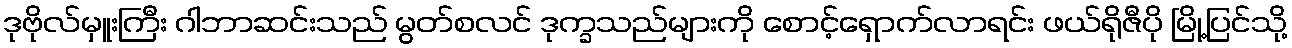
ဒုဗိုလ်မှူးကြီး ဂါဘာဆင်းသည် မွတ်စလင် ဒုက္ခသည်များကို စောင့်ရှောက်လာရင်း ဖယ်ရိုဇီပို မြို့ပြင်သို့